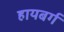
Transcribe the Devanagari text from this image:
हायबर्ग